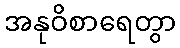
အနုဝိစာရေတွာ